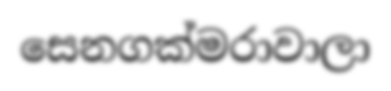
සෙනගක්මරාවාලා